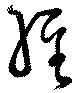
經